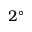
2 ^ { \circ }